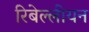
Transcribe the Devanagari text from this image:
रिबेल्लीयन